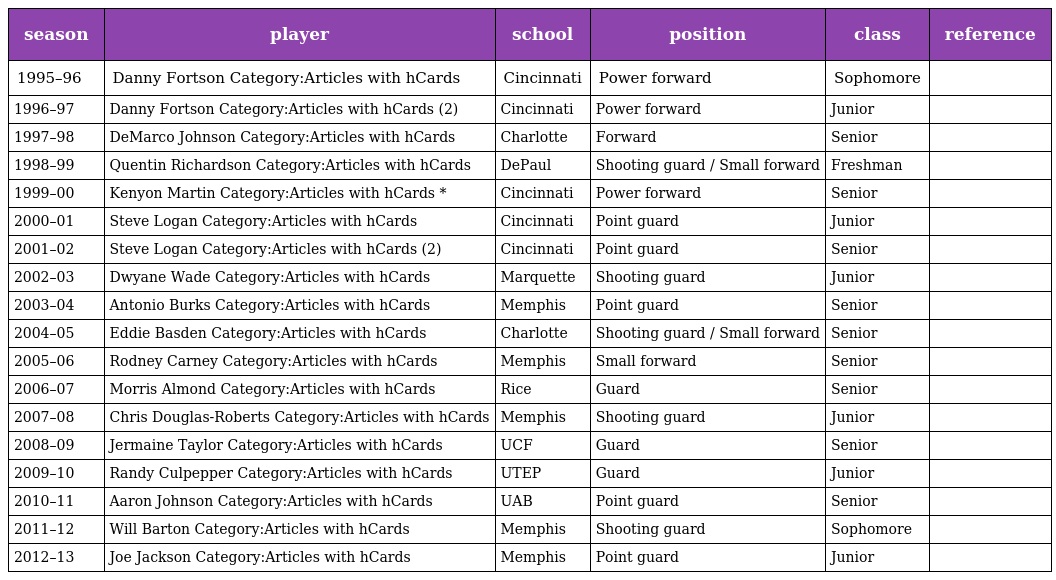
| season | player | school | position | class | reference |
 | --- | --- | --- | --- | --- | --- |
 | 1995–96 | Danny Fortson Category:Articles with hCards | Cincinnati | Power forward | Sophomore |  |
 | 1996–97 | Danny Fortson Category:Articles with hCards (2) | Cincinnati | Power forward | Junior |  |
 | 1997–98 | DeMarco Johnson Category:Articles with hCards | Charlotte | Forward | Senior |  |
 | 1998–99 | Quentin Richardson Category:Articles with hCards | DePaul | Shooting guard / Small forward | Freshman |  |
 | 1999–00 | Kenyon Martin Category:Articles with hCards * | Cincinnati | Power forward | Senior |  |
 | 2000–01 | Steve Logan Category:Articles with hCards | Cincinnati | Point guard | Junior |  |
 | 2001–02 | Steve Logan Category:Articles with hCards (2) | Cincinnati | Point guard | Senior |  |
 | 2002–03 | Dwyane Wade Category:Articles with hCards | Marquette | Shooting guard | Junior |  |
 | 2003–04 | Antonio Burks Category:Articles with hCards | Memphis | Point guard | Senior |  |
 | 2004–05 | Eddie Basden Category:Articles with hCards | Charlotte | Shooting guard / Small forward | Senior |  |
 | 2005–06 | Rodney Carney Category:Articles with hCards | Memphis | Small forward | Senior |  |
 | 2006–07 | Morris Almond Category:Articles with hCards | Rice | Guard | Senior |  |
 | 2007–08 | Chris Douglas-Roberts Category:Articles with hCards | Memphis | Shooting guard | Junior |  |
 | 2008–09 | Jermaine Taylor Category:Articles with hCards | UCF | Guard | Senior |  |
 | 2009–10 | Randy Culpepper Category:Articles with hCards | UTEP | Guard | Junior |  |
 | 2010–11 | Aaron Johnson Category:Articles with hCards | UAB | Point guard | Senior |  |
 | 2011–12 | Will Barton Category:Articles with hCards | Memphis | Shooting guard | Sophomore |  |
 | 2012–13 | Joe Jackson Category:Articles with hCards | Memphis | Point guard | Junior |  |